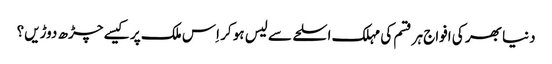
دنیا بھر کی افواج ہر قسم کی مہلک اسلحے سے لیس ہو کر اِس ملک پر کیسے چڑھ دوڑیں؟